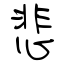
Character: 悲